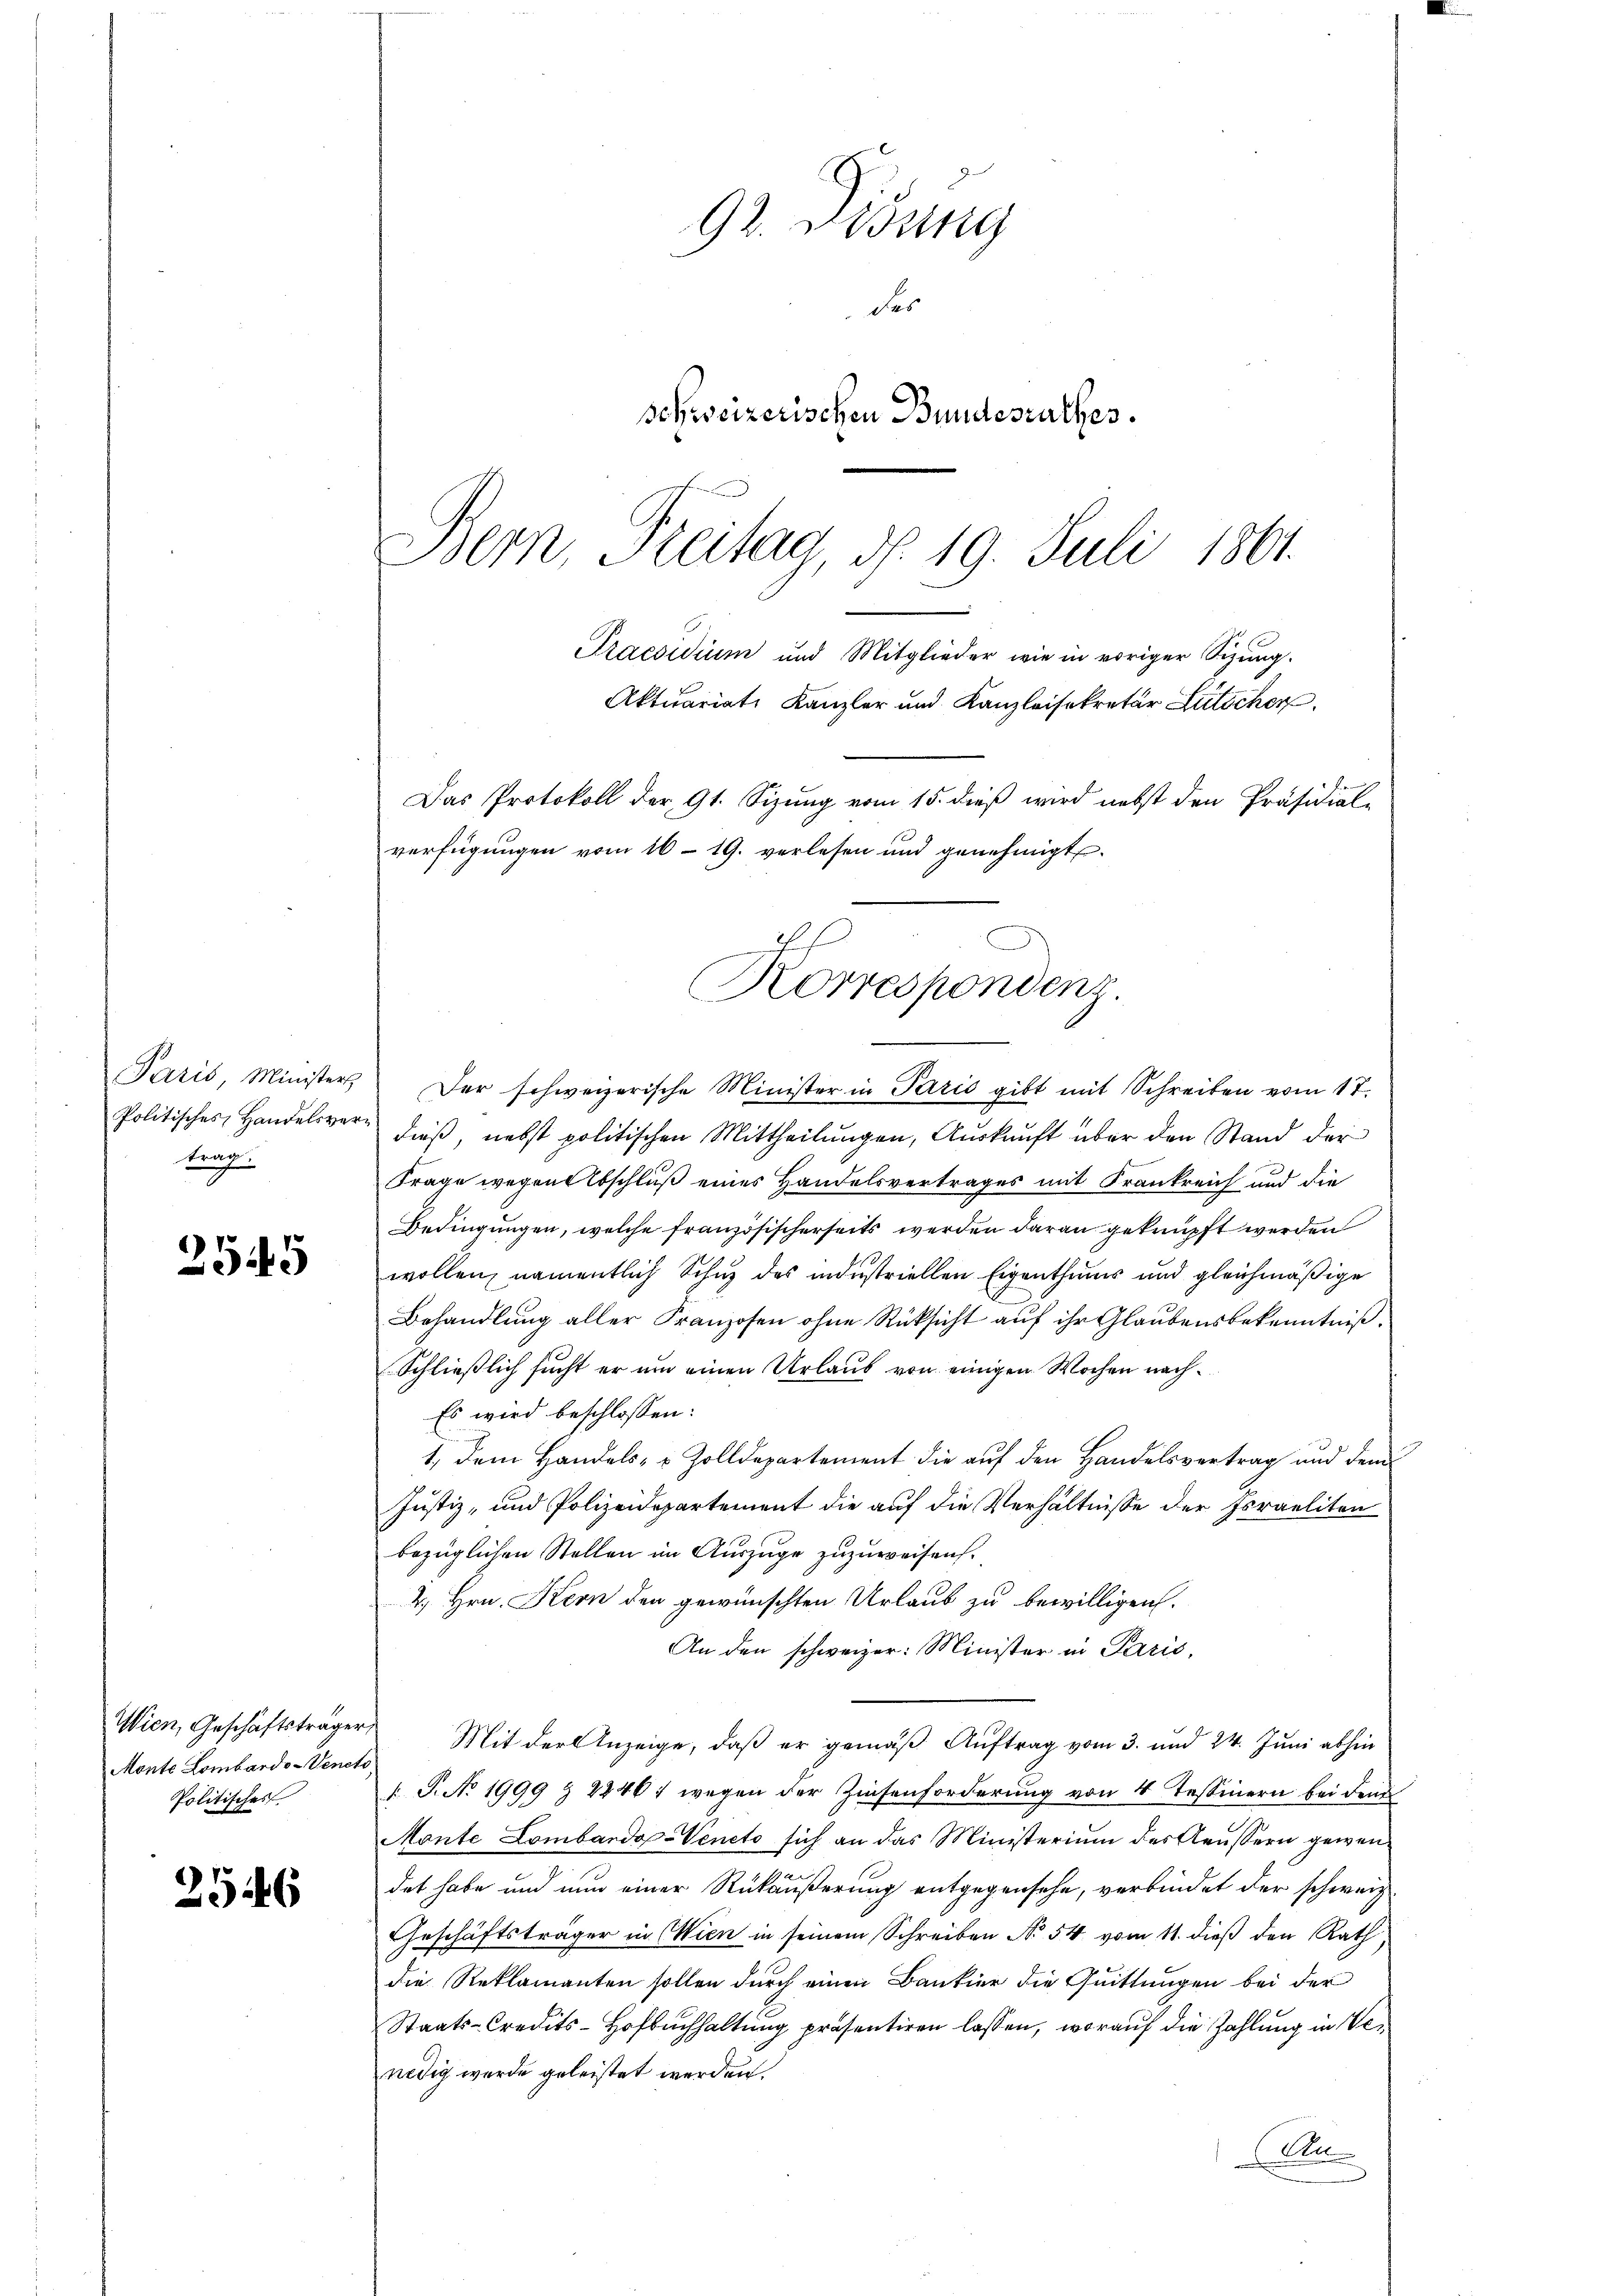
Paris, Ministers
Politisches Handelsvertrag.

2549

Wien, Geschäftsträger
Monte Lombardo-Venet
Politisches

2546

92. Disung
des
schweizerischen Bundesrathes.
Bern Freitag, d. 19. Juli 1801.

Der schweizerische Minister in Paris gibt mit Schreiben vom 17.
dieß, nebst politischen Mittheilungen, Auskunft über den Stand der
Frage wegen Abschluß eines Handelsvertrages mit Frankreich und die
Bedingungen, welche französischerseits werden daran geknüpft werden
wollen, namentlich Schuz des industriellen Eigenthums und gleichmäßige
Behandlung aller Franzosen ohne Rücksicht auf ihr Glaubensbekenntniß.
Schließlich sucht er um einen Urlaub von einigen Wochen nach¬
Es wird beschlossen:
1., dem Handels- u. Zolldepartement die auf den Handelsvertrag und dem
Justiz- und Polizeidepartement die auf die Verhältnisse der Israeliten
bezüglichen Stellen im Auszüge zuzuweisen.
2.) Hrn. Kern den gewünschten Urlaub zu bewilligen.
An den schweizer: Minister in Paris,
Mit der Anzeige, daß er gemäß Auftrag vom 3. und 24. Juni abhin
1. P. No. 1999 & 22461 wegen der Zinsenforderung von 4 Tessinern bei dem
Mante Lombardo-Veneto sich an das Ministerium des Aeussern gewendet habe und nun einer Rückäußerung entgegensehe, verbindet der schweiz.
Geschäftsträger in (Wien in seinem Schreiben No 54 vom 11. dieß den Rath
die Reklamanten sollen durch einen Bankier die Quittungen bei der
Staats-Credits-Hofbuchhaltung präsentiren lassen, worauf die Zahlung in Venedig wurde geleistet werden.
A

Praesidium und Mitglieder wie in voriger Sizŭng.
Aktuariats Kanzler und Kanzleisekretär Lütscher
Das Protokoll der 91. Sizung vom 15. dieß wird nebst den Präsidial-
verfügungen vom 16. 19. verlesen und genehmigt.
h
Korrespondenz.